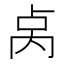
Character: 𫧯